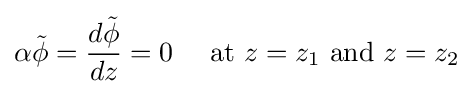
\alpha {\tilde {\phi }}={d{\tilde {\phi }} \over dz}=0\quad {\text{ at }}z=z_{1}{\text{ and }}z=z_{2}